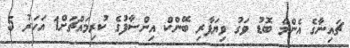
ޗައިނާގެ އެންމެ ބޮޑު ވަގު ވިޔަފާރި ބޭންކް އިންސާފުގެ ކުރިމައްޗަށް1 އަހަރު 5